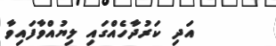
އަދި ކަރުދާހެއްގައި ލިޔުއްވާފައިވާ